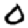
Digit: 0